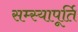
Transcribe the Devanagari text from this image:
सम्स्यापूर्ति